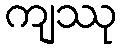
ကျဿု